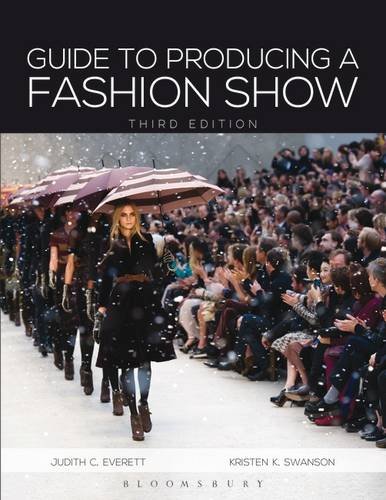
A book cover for Guide to Producing a Fashion Show; Judith C. Everett; Business & Money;